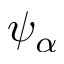
\psi _ { \alpha }